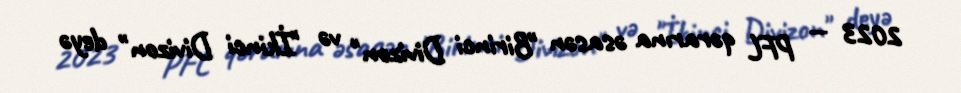
2023 — PFL qərarına əsasən "Birinci Divizon" və "İkinci Divizon" deyə